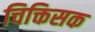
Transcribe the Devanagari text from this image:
चिक्तिसक